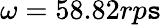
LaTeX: \omega=58.82rp\mathtt{s}